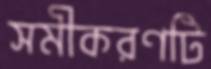
সমীকরণটি